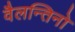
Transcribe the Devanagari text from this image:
वैलन्तिनो